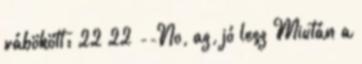
rábökött: 22 22 --No, az, jó lesz Miután a